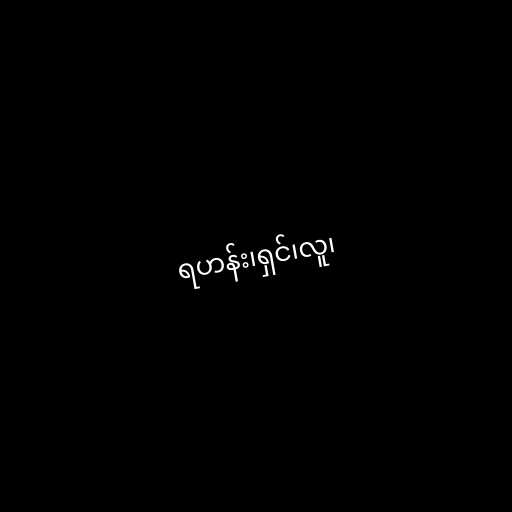
ရဟန်း၊ရှင်၊လူ၊